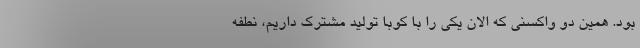
بود. همین دو واکسنی که الان یکی را با کوبا تولید مشترک داریم، نطفه